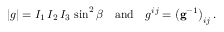
| g | = I _ { 1 } \, I _ { 2 } \, I _ { 3 } \, \sin ^ { 2 } \beta \quad { \mathrm { a n d } } \quad g ^ { i j } = \left( \mathbf { g } ^ { - 1 } \right) _ { i j } .